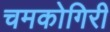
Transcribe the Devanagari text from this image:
चमकोगिरी